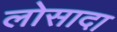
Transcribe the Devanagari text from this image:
लोसादा